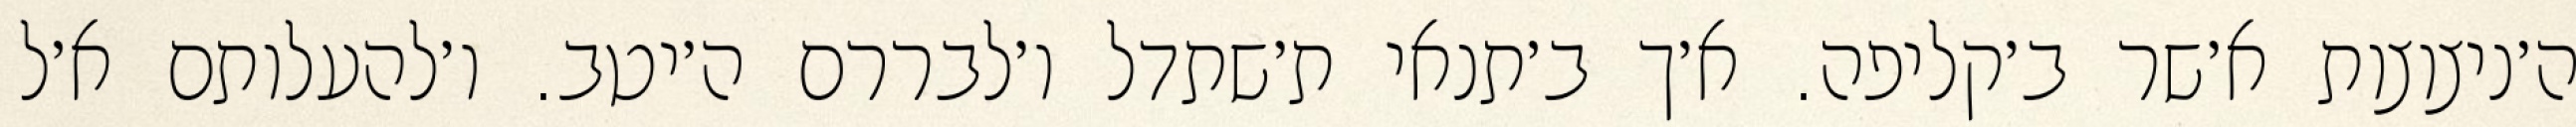
ה׳ניצוצות א׳שר ב׳קליפה. א׳ך ב׳תנאי ת׳שתדל ו׳לבררם ה׳יטב. ו׳להעלותם א׳ל